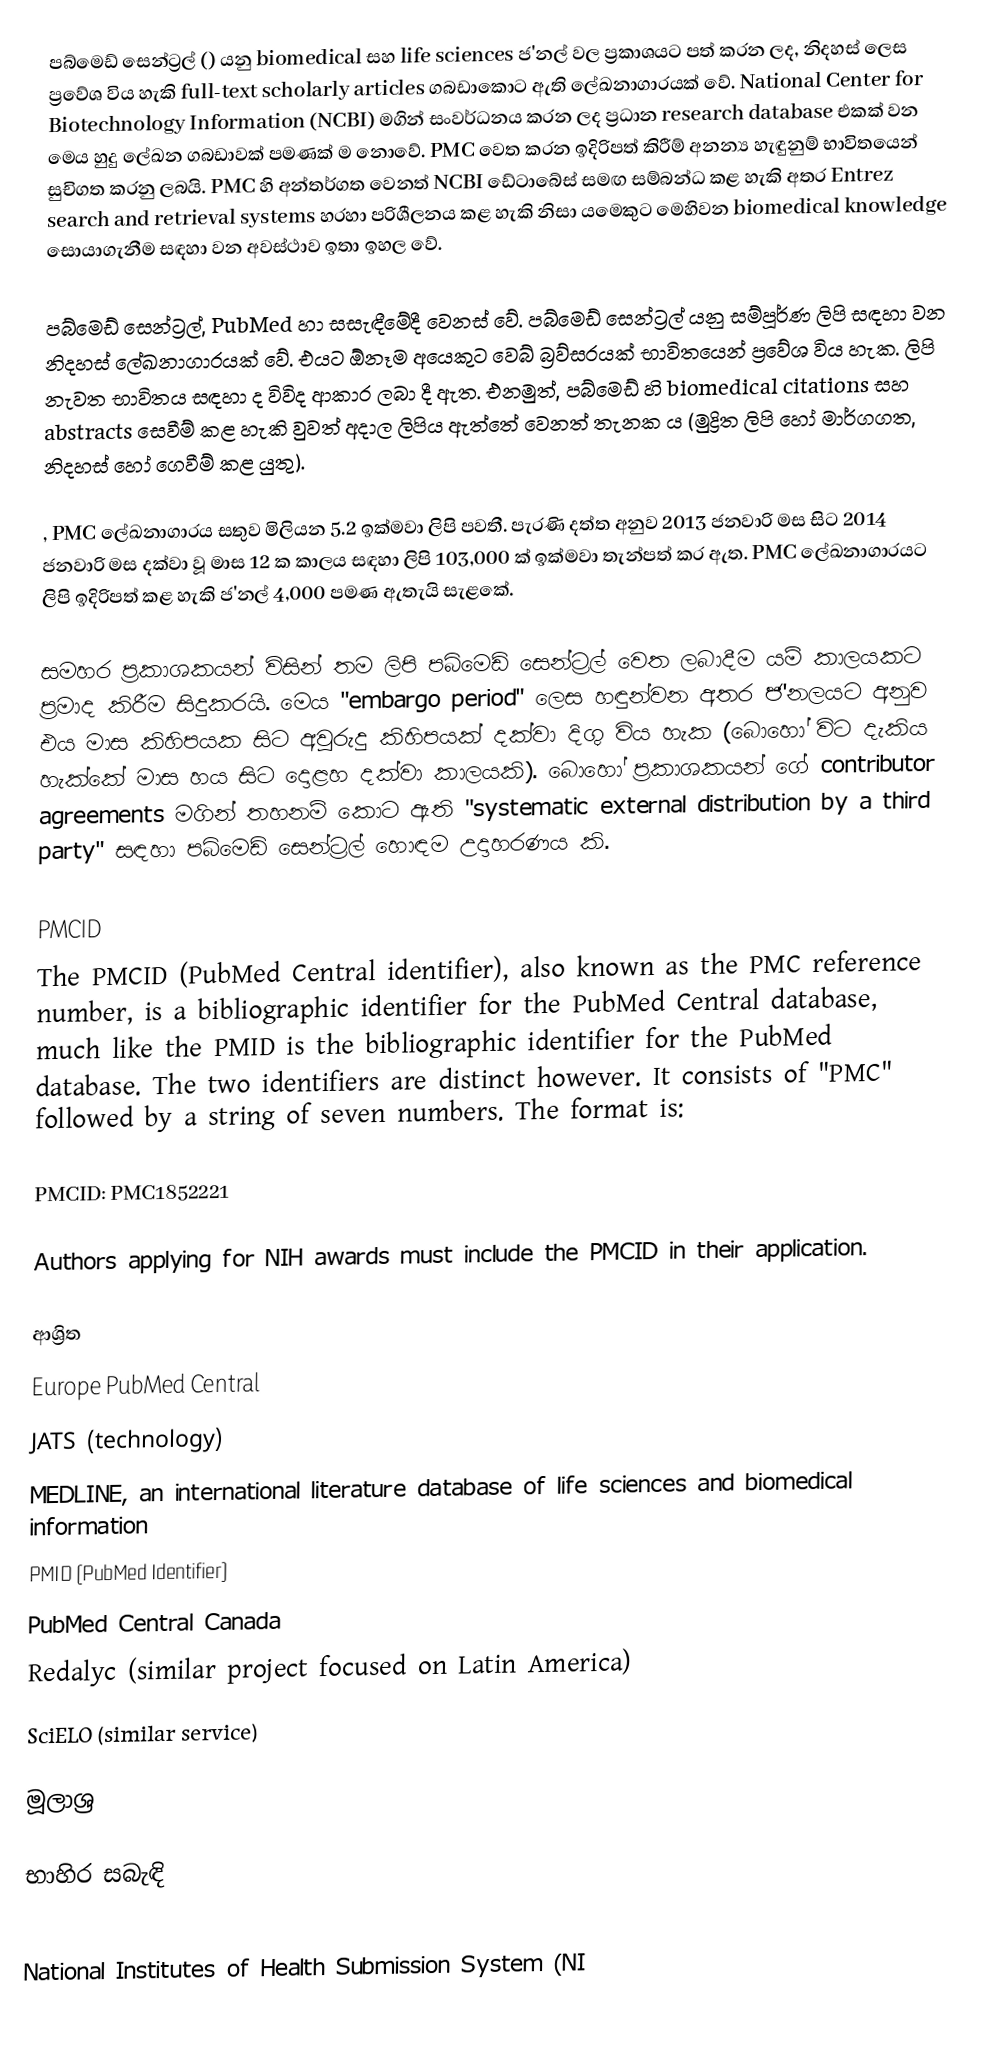
පබ්මෙඩ් සෙන්ට්‍රල් () යනු biomedical සහ life sciences ජ'නල් වල ප්‍රකාශයට පත් කරන ලද, නිදහස් ලෙස ප්‍රවේශ විය හැකි full-text scholarly articles ගබඩාකොට ඇති ලේඛනාගාරයක් වේ. National Center for Biotechnology Information (NCBI) මගින් සංවර්ධනය කරන ලද ප්‍රධාන research database එකක් වන මෙය හුදු ලේඛන ගබඩාවක් පමණක් ම නොවේ. PMC වෙත කරන ඉදිරිපත් කිරීම් අනන්‍ය හැඳුනුම් භාවිතයෙන් සුචිගත කරනු ලබයි. PMC හි අන්තර්ගත වෙනත් NCBI ඩේටාබේස් සමඟ සම්බන්ධ කළ හැකි අතර Entrez search and retrieval systems හරහා පරිශීලනය කළ හැකි නිසා යමෙකුට මෙහිවන biomedical knowledge සොයාගැනීම සඳහා වන අවස්ථාව ඉතා ඉහල වේ.

පබ්මෙඩ් සෙන්ට්‍රල්, PubMed හා සසැඳීමේදී වෙනස් වේ. පබ්මෙඩ් සෙන්ට්‍රල් යනු සම්පූර්ණ ලිපි සඳහා වන නිදහස් ලේඛනාගාරයක් වේ. එයට ඕනෑම අයෙකුට වෙබ් බ්‍රව්සරයක් භාවිතයෙන් ප්‍රවේශ විය හැක. ලිපි නැවත භාවිතය සඳහා ද විවිද ආකාර ලබා දී ඇත. එනමුත්, පබ්මෙඩ් හි biomedical citations සහ abstracts සෙවීම් කළ හැකි වුවත් අදාල ලිපිය ඇත්තේ වෙනත් තැනක ය (මුද්‍රිත ලිපි හෝ මාර්ගගත, නිදහස් හෝ ගෙවීම් කළ යුතු).

, PMC ලේඛනාගාරය සතුව මිලියන 5.2 ඉක්මවා ලිපි පවතී. පැරණි දත්ත අනුව 2013 ජනවාරි මස සිට 2014 ජනවාරි මස දක්වා වූ මාස 12 ක කාලය සඳහා ලිපි 103,000 ක් ඉක්මවා තැන්පත් කර ඇත. PMC ලේඛනාගාරයට ලිපි ඉදිරිපත් කළ හැකි ජ'නල් 4,000 පමණ ඇතැයි සැළකේ.

සමහර ප්‍රකාශකයන් විසින් තම ලිපි පබ්මෙඩ් සෙන්ට්‍රල් වෙත ලබාදීම යම් කාලයකට ප්‍රමාද කිරීම සිදුකරයි. මෙය "embargo period" ලෙස හඳුන්වන අතර ජ'නලයට අනුව එය මාස කිහිපයක සිට අවුරුදු කිහිපයක් දක්වා දිගු විය හැක (බොහෝ විට දැකිය හැක්කේ මාස හය සිට දොළහ දක්වා කාලයකි). බොහෝ ප්‍රකාශකයන් ගේ contributor agreements මගින් තහනම් කොට ඇති "systematic external distribution by a third party" සඳහා පබ්මෙඩ් සෙන්ට්‍රල් හොඳම උදාහරණය කි.

PMCID
The PMCID (PubMed Central identifier), also known as the PMC reference number, is a bibliographic identifier for the PubMed Central database, much like the PMID is the bibliographic identifier for the PubMed database. The two identifiers are distinct however. It consists of "PMC" followed by a string of seven numbers. The format is:

 PMCID: PMC1852221

Authors applying for NIH awards must include the PMCID in their application.

ආශ්‍රිත
 Europe PubMed Central
 JATS (technology)
 MEDLINE, an international literature database of life sciences and biomedical information
 PMID (PubMed Identifier)
 PubMed Central Canada
 Redalyc (similar project focused on Latin America)
 SciELO (similar service)

මූලාශ්‍ර

භාහිර සබැඳි

 National Institutes of Health Submission System (NI